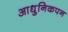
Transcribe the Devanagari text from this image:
आधुनिकपन